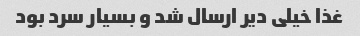
غذا خیلی دیر ارسال شد و بسیار سرد بود